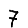
Digit: 7